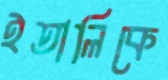
ইতালিকে